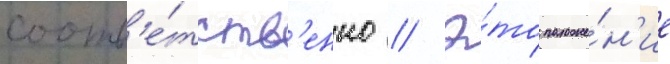
соотв'е́тств'енно // Э́то положе́н'ие